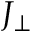
J _ { \perp }